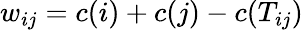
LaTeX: w_{ij}=c(i)+c(j)-c(T_{ij})